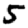
Digit: 5